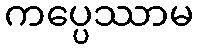
ကပ္ပေဿာမ